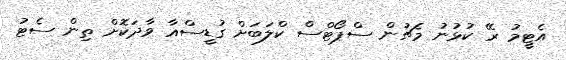
އެޓީމު ރޭ ކުޅުނު މެޗުން ސްޕޯޓްސް ކްލަބަށް ގުޑީސްއާ ވާދަކޮށް ތިން ސެޓު